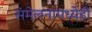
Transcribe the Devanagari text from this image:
संमेलनामध्येही